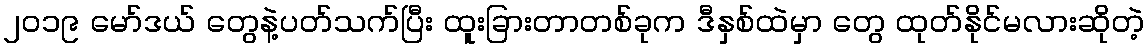
၂၀၁၉ မော်ဒယ် တွေနဲ့ပတ်သက်ပြီး ထူးခြားတာတစ်ခုက ဒီနှစ်ထဲမှာ တွေ ထုတ်နိုင်မလားဆိုတဲ့